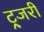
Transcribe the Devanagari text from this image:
ट्र्जरी